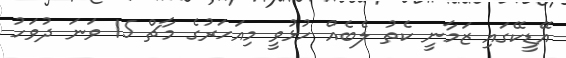
އޭޑީކޭގައި ޒަމާނީ ކެތު ލެބެއް ހުޅުވީ މިއަަހަރުގެ މާޗް 15 ވަނަ ދުވަހު